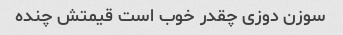
سوزن دوزی چقدر خوب است قیمتش چنده